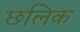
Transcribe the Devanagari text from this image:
छलिक